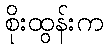
စိုးထွန်းက